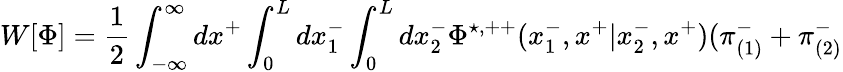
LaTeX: W[{\Phi}]=\frac{1}{2}\int_{-\infty}^{\infty}dx^{+}\int_{0}^{L}dx_{1}^{-}\int_{0}^{L}dx_{2}^{-}{\Phi}^{\star,++}(x_{1}^{-},x^{+}|x_{2}^{-},x^{+})({\pi}_{(1)}^{-}+{\pi}_{(2)}^{-}